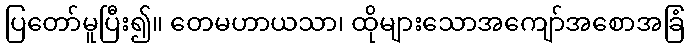
ပြတော်မူပြီး၍။ တေမဟာယသာ၊ ထိုများသောအကျော်အစောအခြံ